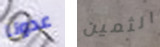
عدونا الثمين